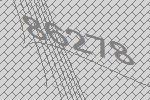
86278